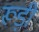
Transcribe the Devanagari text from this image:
रूड़ी